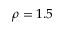
\rho = 1 . 5